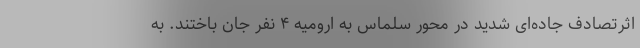
اثرتصادف جاده‌ای شدید در محور سلماس به ارومیه ۴ نفر جان باختند. به